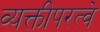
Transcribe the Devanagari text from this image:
व्यक्तीपरत्वे